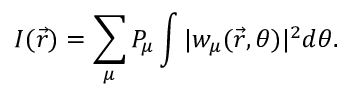
I ( \vec { r } ) = \sum _ { \mu } P _ { \mu } \int | w _ { \mu } ( \vec { r } , \theta ) | ^ { 2 } d \theta .